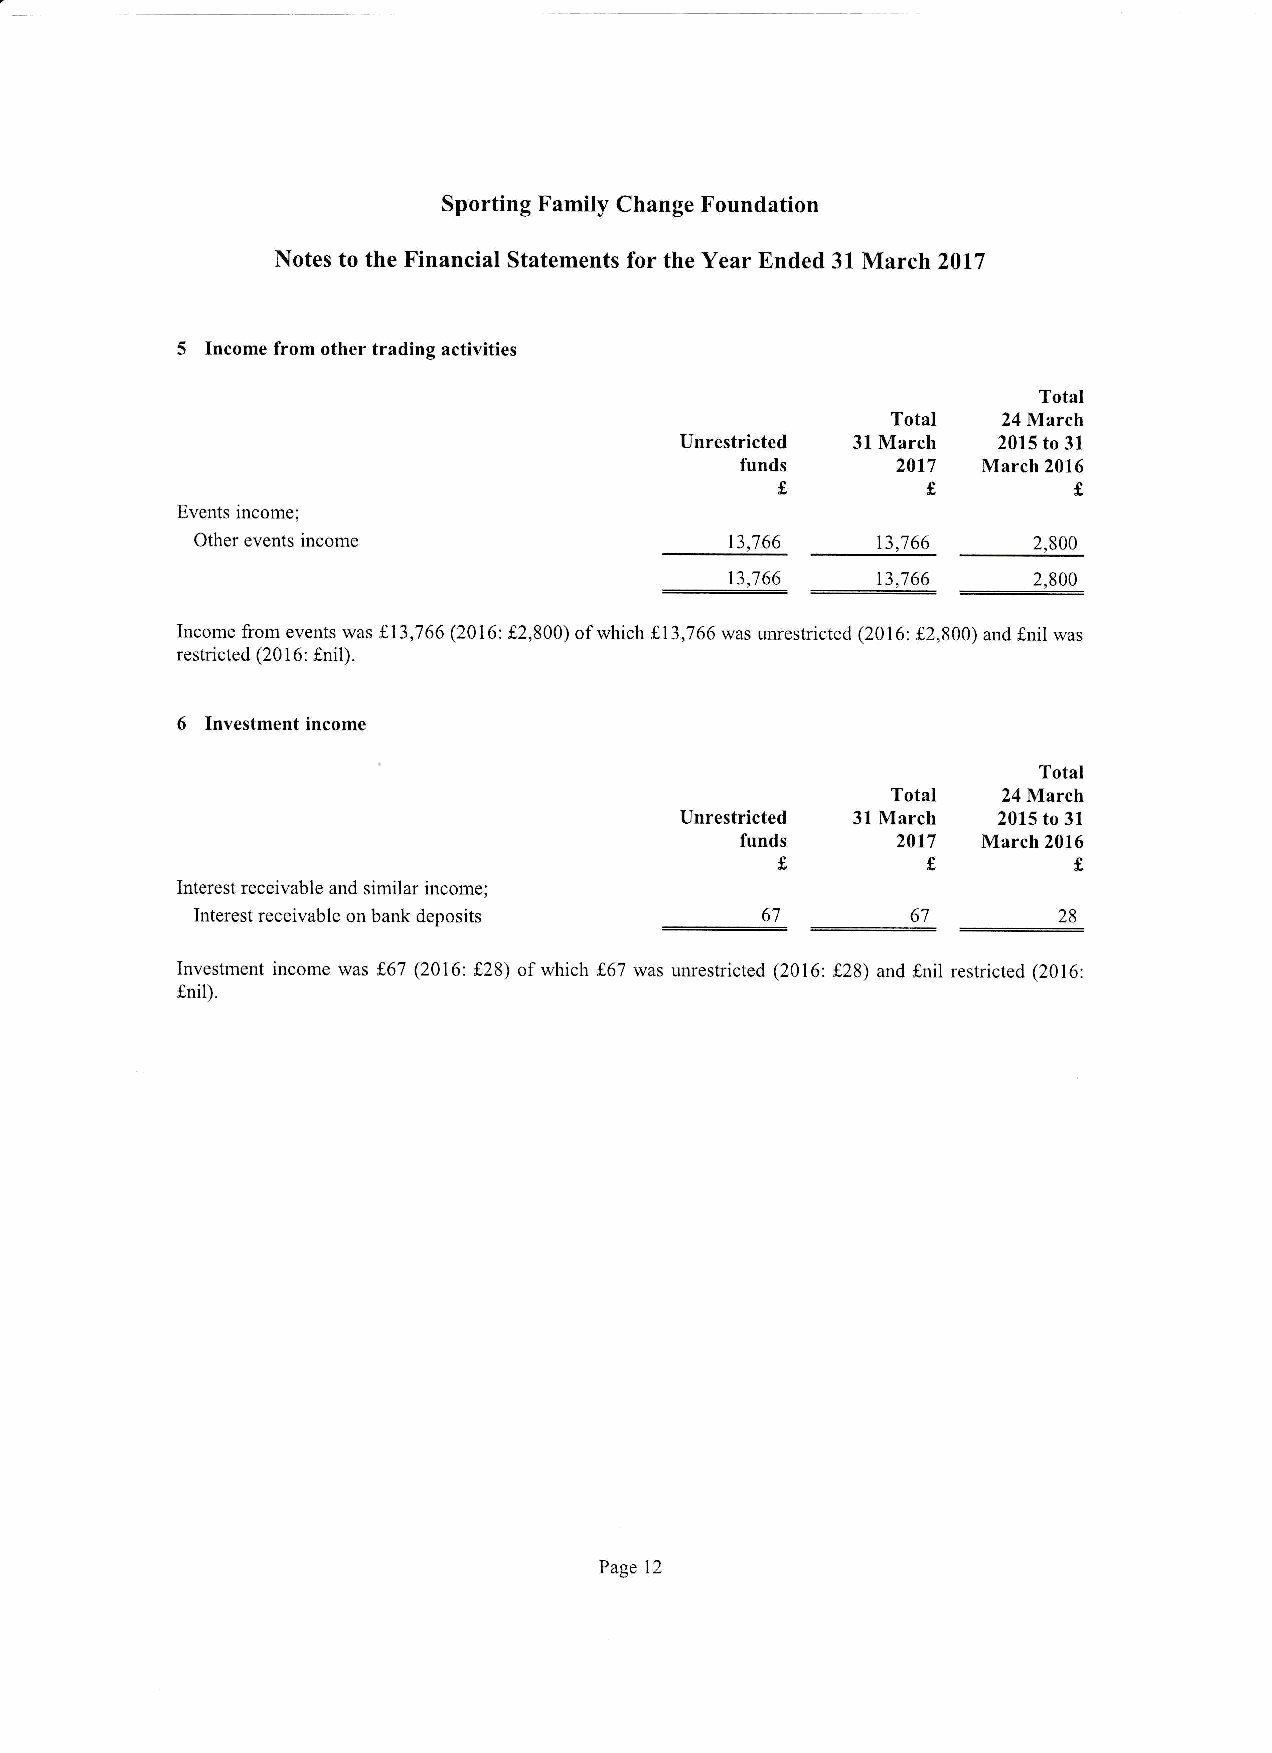
Sporting Family Change Foundation
 Notes to the Financial Statements for the Year Ended 31 March 2017
 5
 Income from other trading activities
 Total
 Total
 24 March
 Unrestricted 31 March 2015 to 31
 funds     2017
 March 2016
 f,fs
 Events income;
 13,766    13,766
 Other events income                                    2,900
 13,765    13,766
 ::                      2,900
 Income from events was f 13,766 (2016: f,2,800) of which L13,766 was unrestricted (2016: ,2,800) and f,nil was
 restricted (201 6: f,nil).
 6
 Investment income
 Total
 TotaI  24March
 Unrestricted 3l March 2015 to 31
 funds     20t7  March 2016
 f        f         f
 Interest receivable and similar income;
 Interest receivable on bank deposits 67        67        28
 Investment income was f,67 (2016: f28) of which L67 was unrestricted (2016: t28) and f,nil restricted (2016:
 {nil).
 Page 12